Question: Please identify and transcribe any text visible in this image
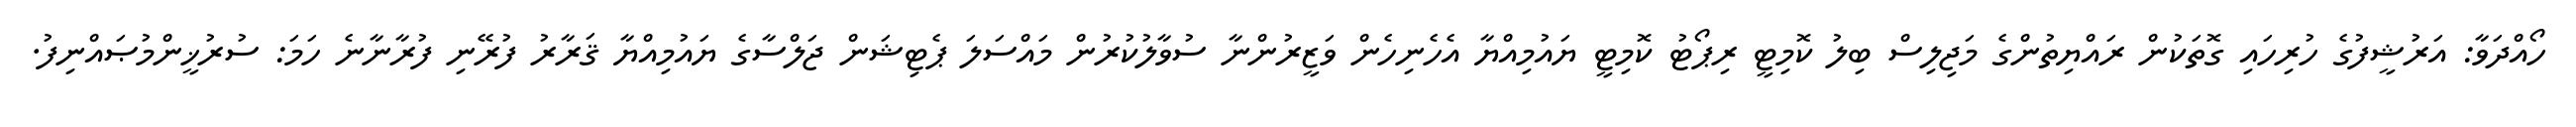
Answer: ހޯއްދަވާ: އަރުޝީފުގެ ހުރިހައި ގޮތަކުން ރައްޔިތުންގެ މަޖިލިސް ބިލު ކޮމިޓީ ރިޕޯޓު ކޮމިޓީ ޔައުމިއްޔާ އެހެނިހެން ވަޒީރުންނާ ސުވާލުކުރުން މައްސަލަ ޕެޓިޝަން ޖަލްސާގެ ޔައުމިއްޔާ ޤަރާރު ފުރޭނި ފުރާނާނެ ހަމަ: ސުރުޚީންމުޞައްނިފު.